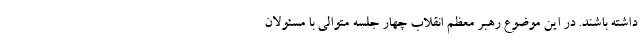
داشته باشند. در این موضوع رهبر معظم انقلاب چهار جلسه متوالی با مسئولان